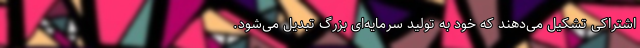
اشتراکی تشکیل می‌دهند که خود به تولید سرمایه‌ای بزرگ تبدیل می‌شود.